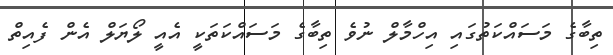
ތިބާގެ މަސައްކަތުގައި އިހްމާލް ނުވެ ތިބާގެ މަސައްކަތަކީ އެއީ ލޯޔަލް އެން ފެއިތް